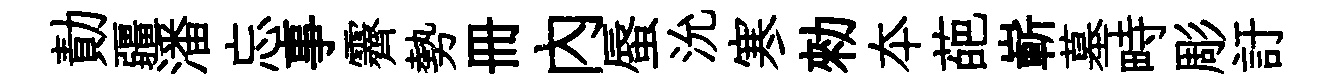
勣疆潘忘事霽勢册內蜃沇寒勑夲葩嶄墓畤彫訏